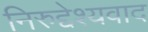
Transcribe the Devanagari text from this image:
निरुद्देश्यवाद